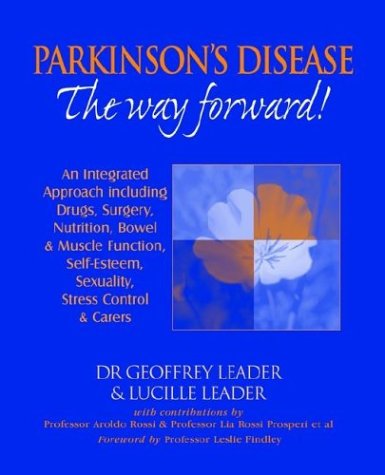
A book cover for Parkinson's Disease : The Way Forward! An Integrated Approach including Drugs, Surgery, Nutrition, Bowel and Muscle Function, Self-Esteem, Sexuality, Stress Control and Carers; Geoffrey Leader; Health, Fitness & Dieting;